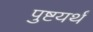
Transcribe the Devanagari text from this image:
पुष्टयर्थं